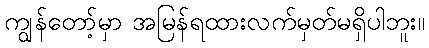
ကျွန်တော့်မှာ အမြန်ရထားလက်မှတ်မရှိပါဘူး။